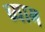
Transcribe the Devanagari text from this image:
व्याम